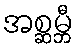
အစ္ဆမ္ဘီ